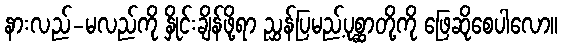
နားလည်-မလည်ကို နှိုင်းချိန်ဖို့ရာ ညွှန်ပြမည့်ပုစ္ဆာတို့ကို ဖြေဆိုစေပါလော။